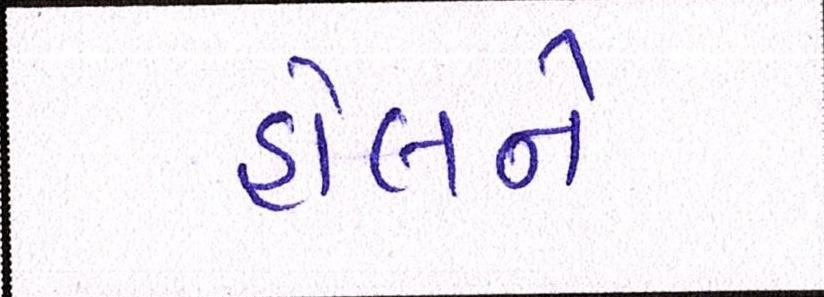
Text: હોલને